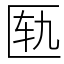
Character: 匦